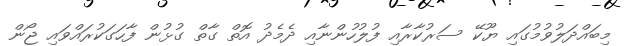
މިބައްދަލުވުމުގައި ޔޫކޭ ސަރުކާރާއި ފުލުހުންނާއި ދެމެދު އޮތް ގާތް ގުޅުން ފާހަގަކުރައްވައި ޖޯން